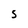
Character: S